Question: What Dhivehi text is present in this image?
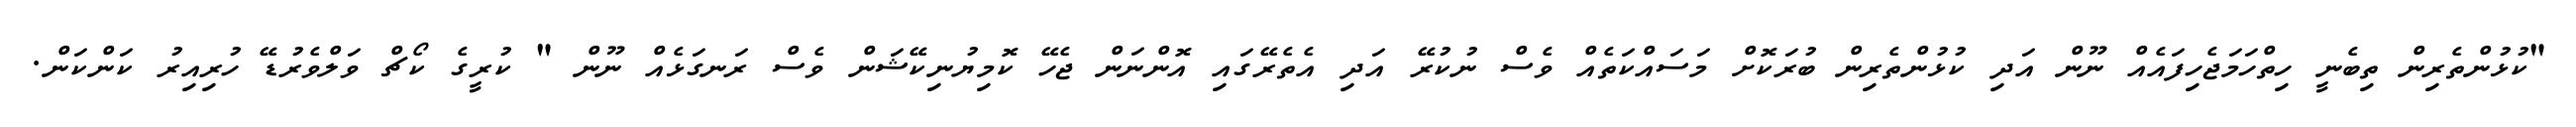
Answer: "ކުޅުންތެރިން ތިބެނީ ހިތްހަމަޖެހިފައެއް ނޫން އަދި ކުޅުންތެރިން ބުރަކޮށް މަސައްކަތެއް ވެސް ނުކުރޭ އަދި އެތެރޭގައި އޮންނަން ޖެހޭ ކޮމިޔުނިކޭޝަން ވެސް ރަނގަޅެއް ނޫން " ކުރީގެ ކޯޗް ވަލްވެރުޑޭ ހުރިއިރު ކަންކަން.